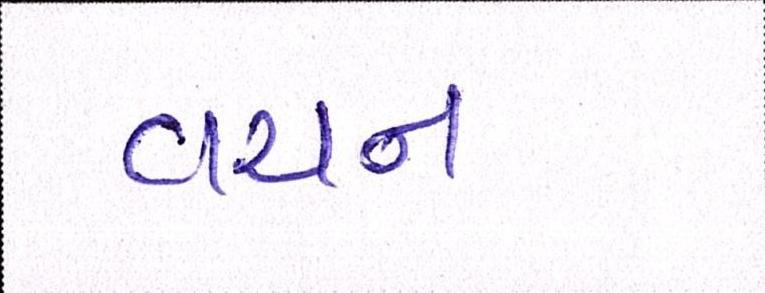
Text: વચન